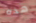
هذه